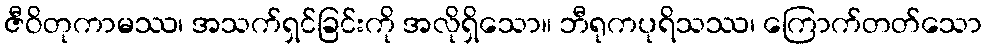
ဇီဝိတုကာမဿ၊ အသက်ရှင်ခြင်းကို အလိုရှိသော။ ဘီရုကပုရိသဿ၊ ကြောက်တတ်သော